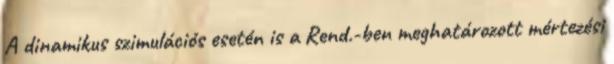
A dinamikus szimulációs esetén is a Rend.-ben meghatározott mértezési